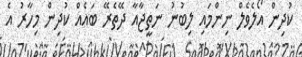
ކުދިން އޯލެވެލް ނިންމައި ލިބުނު ނަތީޖާއާ ދޭތެރޭ ބައެއް ކުދިން މިހާރު އެ